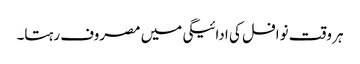
ہر وقت نوافل کی ادائیگی میں مصروف رہتا۔